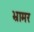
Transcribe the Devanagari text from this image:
भ्रामर